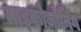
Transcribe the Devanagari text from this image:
माइक्रोज़ोनिंग